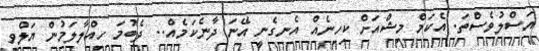
އަސްލުވެސްތަ. އެކަމް މިޝްއަށް ކިހިނެއް އެނގެނީ އޭނަ ދާނެކަމެއް.. ދެބުމަ ހިއްލާލަމުން ޔަލްވީ